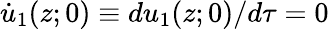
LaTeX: \dot{u}_{1}(z;0)\equiv du_{1}(z;0)/d\tau=0